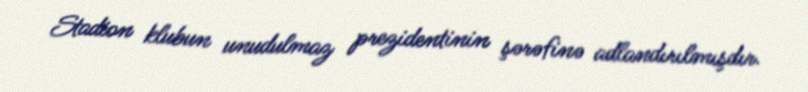
Stadion klubun unudulmaz prezidentinin şərəfinə adlandırılmışdır.